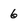
Character: 6